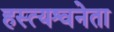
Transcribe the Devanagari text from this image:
हस्त्यश्वनेता